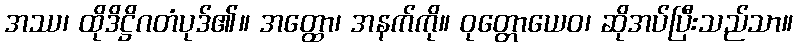
အဿ၊ ထိုဒိဋ္ဌိဂတံပုဒ်၏။ အတ္ထော၊ အနက်ကို။ ဝုတ္တောယေဝ၊ ဆိုအပ်ပြီးသည်သာ။